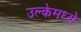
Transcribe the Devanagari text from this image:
उल्केमध्ये